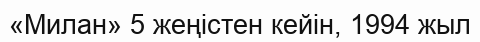
«Милан» 5 жеңістен кейін, 1994 жыл